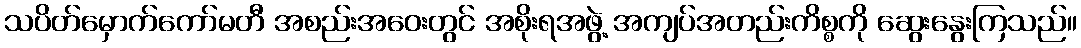
သပိတ်မှောက်ကော်မတီ အစည်းအဝေးတွင် အစိုးရအဖွဲ့ အကျပ်အတည်းကိစ္စကို ဆွေးနွေးကြသည်။